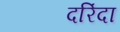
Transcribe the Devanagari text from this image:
दरिंदा